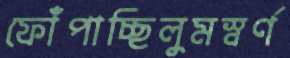
ফোঁপাচ্ছিলুমস্বর্ণ